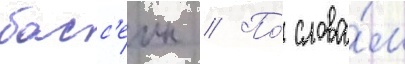
басс'еин // По́ слова́м